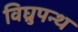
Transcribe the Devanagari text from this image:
विघ्रुपन्थ